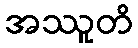
အဿူတိ